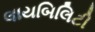
લાયબિલિટી